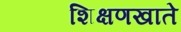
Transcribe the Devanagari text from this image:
शिक्षणखाते